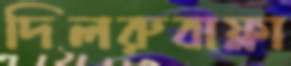
দিলরুবাফ্লা